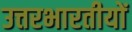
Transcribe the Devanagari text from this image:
उत्तरभारतीयों